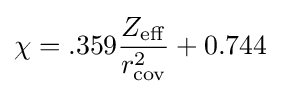
\chi =.359{{Z_{\rm {eff}}} \over {r_{\rm {cov}}^{2}}}+0.744